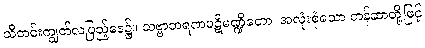
သီတင်းကျွတ်လပြည့်နေ့၌။ သဗ္ဗာဘရဏပဋိမဏ္ဍိတော၊ အလုံးစုံသော တန်ဆာတို့ဖြင့်